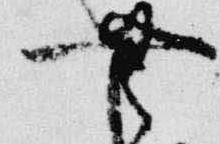
無